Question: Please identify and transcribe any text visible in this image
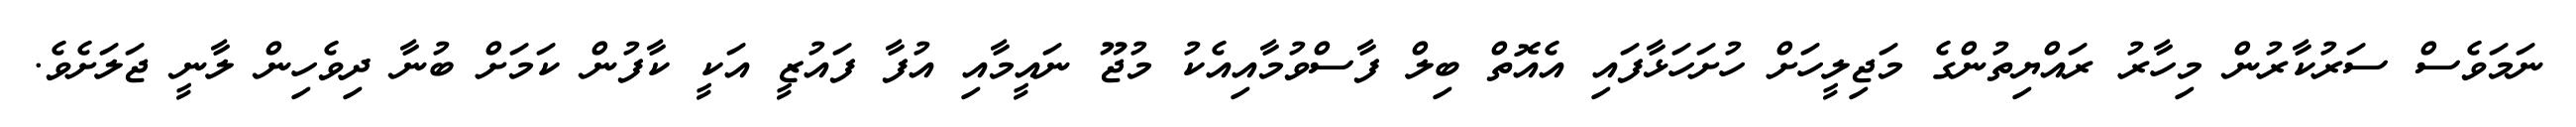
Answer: ނަމަވެސް ސަރުކާރުން މިހާރު ރައްޔިތުންގެ މަޖިލީހަށް ހުށަހަޅާފައި އެއޮތް ބިލް ފާސްވުމާއިއެކު މުޖޫ ނައީމާއި އުފާ ފައުޒީ އަކީ ކާފުން ކަމަށް ބުނާ ދިވެހިން ލާނީ ޖަލަށެވެ.